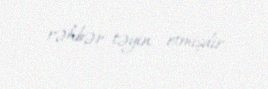
rəhbər təyin etmişdir.